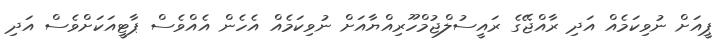
ޕީއަށް ނުވިކަމެއް އަދި ރާއްޖޭގެ ރައީސުލްޖުމްހޫރިއްޔާއަށް ނުވިކަމެއް އެހެން އެއްވެސް ޕާޓީއަކަށްވެސް އަދި